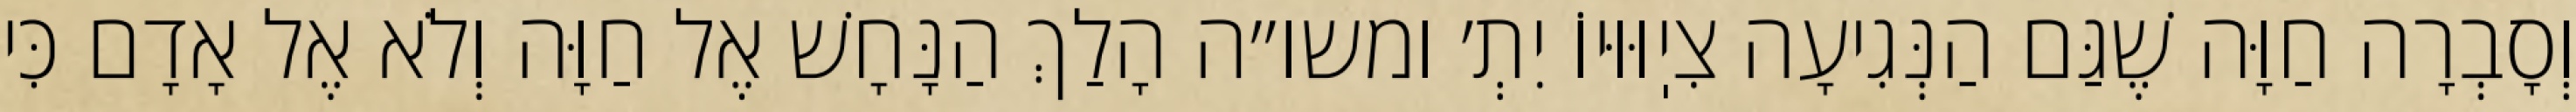
וְסָבְרָה חַוָּה שֶׁגַּם הַנְּגִיעָה צִיֽוּוּיוֹ יִתְ׳ ומשו״ה הָלַךְ הַנָּחָשׁ אֶל חַוָּה וְלֹא אֶל אָדָם כִּי